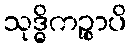
သုဒ္ဓိကဉ္စာပိ